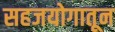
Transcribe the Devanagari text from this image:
सहजयोगातून